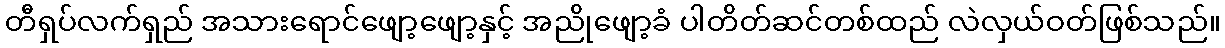
တီရှပ်လက်ရှည် အသားရောင်ဖျော့ဖျော့နှင့် အညိုဖျော့ခံ ပါတိတ်ဆင်တစ်ထည် လဲလှယ်ဝတ်ဖြစ်သည်။